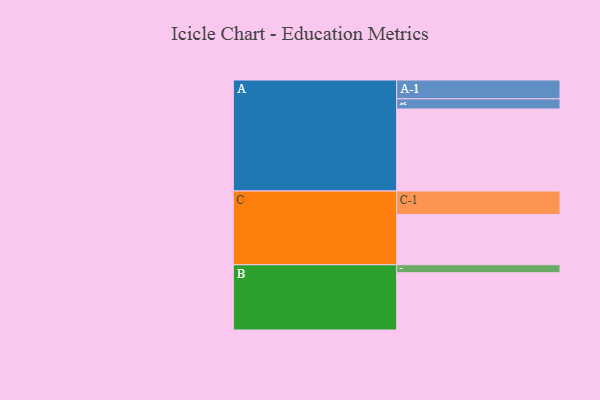
{"axis": {"x": "Segment", "y": "Value"}, "legend": ["", "A", "B", "C"], "data": [{"x": "A", "y": 523, "type": ""}, {"x": "B", "y": 365, "type": ""}, {"x": "C", "y": 321, "type": ""}, {"x": "A-1", "y": 120, "type": "A"}, {"x": "A-2", "y": 65, "type": "A"}, {"x": "B-1", "y": 51, "type": "B"}, {"x": "C-1", "y": 149, "type": "C"}]}